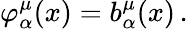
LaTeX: \varphi_{\alpha}^{\mu}(x)=b_{\alpha}^{\mu}(x)\, .